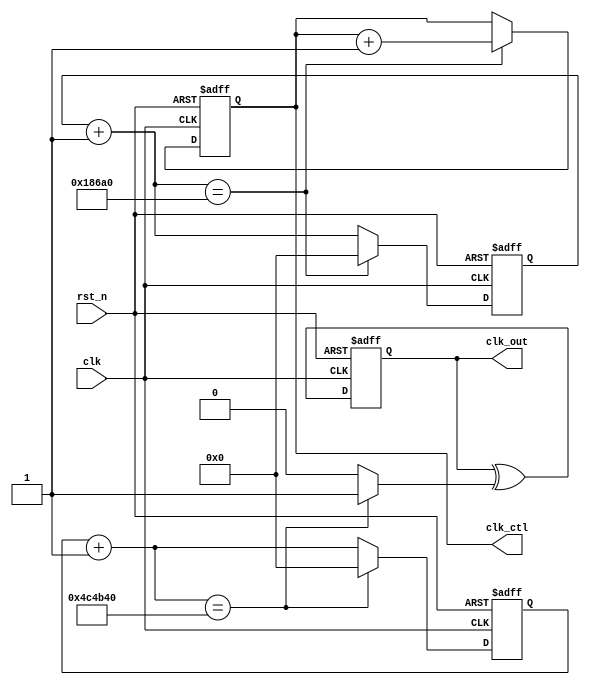
`timescale 1ns / 1ps
//////////////////////////////////////////////////////////////////////////////////
// Company: 
// Engineer: 
// 
// Design Name: 
// Module Name: frequency_divider
// Project Name: 
// Target Devices: 
// Tool Versions: 
// Description: 
// 
// Dependencies: 
// 
// Revision:
// Revision 0.01 - File Created
// Additional Comments:
// 
//////////////////////////////////////////////////////////////////////////////////

module freqency_divider(
    clk_out,    //divided clock output
    clk_ctl,    //divided clock output for scan frequency
    clk,        //global clock input
    rst_n       //active low reset
);
output clk_out;
output [1:0] clk_ctl;
input clk, rst_n;
reg clk_out;
reg [1:0] clk_ctl, clk_ctl_tmp;
reg clk_out_tmp;
reg T;
reg [26:0] q_tmp, q_tmp2;
reg [26:0] q, q2;

always @*
begin        
    q_tmp = q + 27'd1;
    q_tmp2 = q2 + 27'd1;
    
    if (q_tmp == 27'd5000000) begin        //q has already count from 0 to 49999999(50M times)   //only 5M times
        q_tmp = 27'd0;
        T = 1'b1;
    end
    else
        T = 1'b0;
    
    if (q_tmp2 == 27'd100000) begin
        clk_ctl_tmp = clk_ctl + 1;
        q_tmp2 = 0;
    end
    else
        clk_ctl_tmp = clk_ctl;
    
    clk_out_tmp = clk_out ^ T;
end

always @(posedge clk or negedge rst_n)    //D-FF for counter
begin
    if (~rst_n)
    begin
        q <= 27'd0;
        q2 <= 27'd0;
        clk_ctl <= 2'b0;
    end
    else
    begin
        q <= q_tmp;
        q2 <= q_tmp2;
        clk_ctl <= clk_ctl_tmp;
    end
end

always @(posedge clk or negedge rst_n)    //T-FF
begin
    if (~rst_n)
        clk_out <= 1'b0;
    else
        clk_out <= clk_out_tmp;
end

endmodule